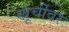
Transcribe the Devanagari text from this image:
खूर्चीवर